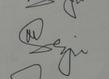
Signature authenticity: genuine